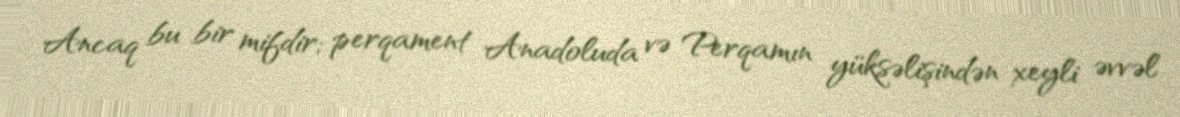
Ancaq bu bir mifdir; perqament Anadoluda və Perqamın yüksəlişindən xeyli əvvəl